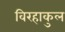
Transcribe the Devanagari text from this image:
विरहाकुल